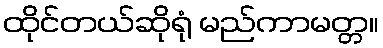
ထိုင်တယ်ဆိုရုံ မည်ကာမတ္တ။